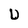
Character: U